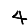
Digit: 4